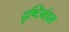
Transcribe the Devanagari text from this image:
दृष्टिमंडल